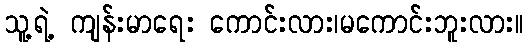
သူ့ရဲ့ ကျန်းမာရေး ကောင်းလား၊မကောင်းဘူးလား။